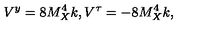
V ^ { y } = 8 M _ { X } ^ { 4 } k , V ^ { \tau } = - 8 M _ { X } ^ { 4 } k , \,